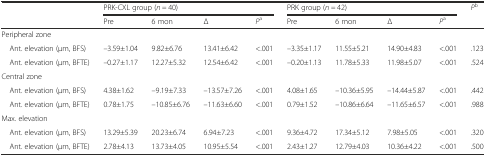
<table><thead><tr><td rowspan="2"></td><td colspan="4"><b>PRK-CXL group (<i>n =</i> 40)</b></td><td colspan="4"><b>PRK group (<i>n =</i> 42)</b></td><td rowspan="2"><b><i>P</i><sup>b</sup></b></td></tr><tr><td><b>Pre</b></td><td><b>6 mon</b></td><td><b>Δ</b></td><td><b><i>P</i><sup>a</sup></b></td><td><b>Pre</b></td><td><b>6 mon</b></td><td><b>Δ</b></td><td><b><i>P</i><sup>a</sup></b></td></tr></thead><tbody><tr><td colspan="10">Peripheral zone</td></tr><tr><td> Ant. elevation (μm, BFS)</td><td>–3.59±1.04</td><td>9.82±6.76</td><td>13.41±6.42</td><td>&lt;.001</td><td>–3.35±1.17</td><td>11.55±5.21</td><td>14.90±4.83</td><td>&lt;.001</td><td>.123</td></tr><tr><td> Ant. elevation (μm, BFTE)</td><td>–0.27±1.17</td><td>12.27±5.32</td><td>12.54±6.42</td><td>&lt;.001</td><td>–0.20±1.13</td><td>11.78±5.33</td><td>11.98±5.07</td><td>&lt;.001</td><td>.524</td></tr><tr><td colspan="10">Central zone</td></tr><tr><td> Ant. elevation (μm, BFS)</td><td>4.38±1.62</td><td>–9.19±7.33</td><td>–13.57±7.26</td><td>&lt;.001</td><td>4.08±1.65</td><td>–10.36±5.95</td><td>–14.44±5.87</td><td>&lt;.001</td><td>.442</td></tr><tr><td> Ant. elevation (μm, BFTE)</td><td>0.78±1.75</td><td>–10.85±6.76</td><td>–11.63±6.60</td><td>&lt;.001</td><td>0.79±1.52</td><td>–10.86±6.64</td><td>–11.65±6.57</td><td>&lt;.001</td><td>.988</td></tr><tr><td colspan="10">Max. elevation</td></tr><tr><td> Ant. elevation (μm, BFS)</td><td>13.29±5.39</td><td>20.23±6.74</td><td>6.94±7.23</td><td>&lt;.001</td><td>9.36±4.72</td><td>17.34±5.12</td><td>7.98±5.05</td><td>&lt;.001</td><td>.320</td></tr><tr><td> Ant. elevation (μm, BFTE)</td><td>2.78±4.13</td><td>13.73±4.05</td><td>10.95±5.54</td><td>&lt;.001</td><td>2.43±1.27</td><td>12.79±4.03</td><td>10.36±4.22</td><td>&lt;.001</td><td>.500</td></tr></tbody></table>